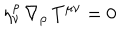
\eta _ { \nu } ^ { \rho } \, \nabla _ { \rho } \, T ^ { \mu \nu } = 0